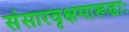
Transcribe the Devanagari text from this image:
संसारवृक्षमारूढाः